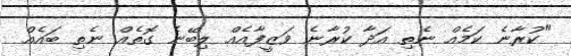
"ކުރާނެ ކަމެއް ނެތި އަދާ ކުރާނެ ވަޒީފާއެއް ލިބޭނެ ގޮތެއް ނެތި ބައެއް